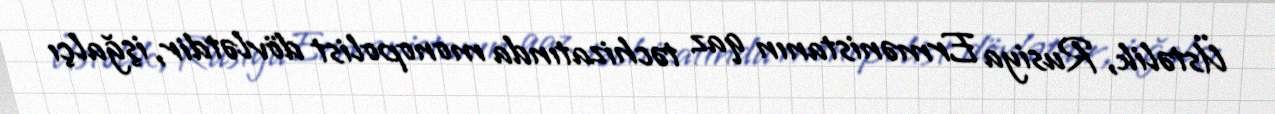
Üstəlik, Rusiya Ermənistanın qaz təchizatında monopolist dövlətdir, işğalçı